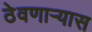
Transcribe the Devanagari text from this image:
ठेवणाऱ्यास